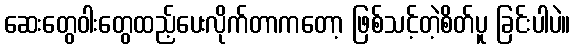
ဆေးတွေဝါးတွေထည့်ပေးလိုက်တာကတော့ ဖြစ်သင့်တဲ့စိတ်ပူ ခြင်းပါပဲ။